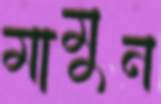
মামুন